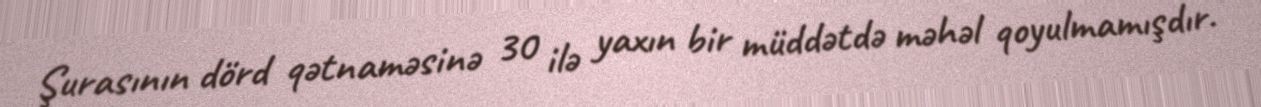
Şurasının dörd qətnaməsinə 30 ilə yaxın bir müddətdə məhəl qoyulmamışdır.